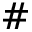
\#